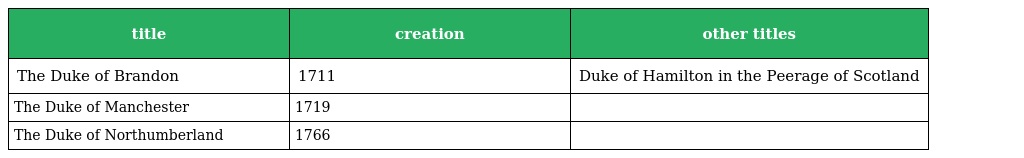
| title | creation | other titles |
 | --- | --- | --- |
 | The Duke of Brandon | 1711 | Duke of Hamilton in the Peerage of Scotland |
 | The Duke of Manchester | 1719 |  |
 | The Duke of Northumberland | 1766 |  |